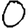
Digit: 0